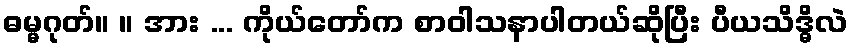
ဓမ္မဂုတ်။ ။ အား ... ကိုယ်တော်က စာဝါသနာပါတယ်ဆိုပြီး ပီယသိဒ္ဓိလဲ